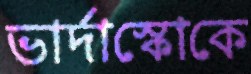
ভার্দাস্কোকে